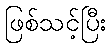
ဖြစ်သင့်ပြီး